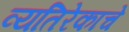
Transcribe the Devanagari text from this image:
व्यतिरेकाचे